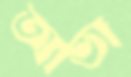
আভা